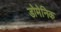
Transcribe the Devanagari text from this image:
डोमेनिक